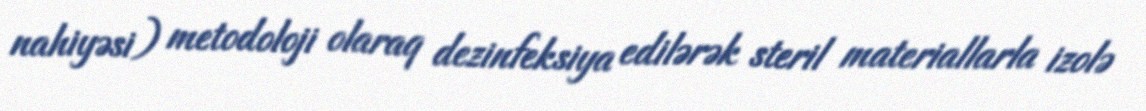
nahiyəsi) metodoloji olaraq dezinfeksiya edilərək steril materiallarla izolə